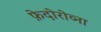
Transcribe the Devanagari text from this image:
फ़ेदोरोव्ना